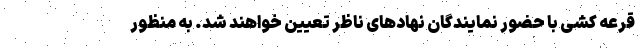
قرعه کشی با حضور نمایندگان نهادهای ناظر تعیین خواهند شد. به منظور